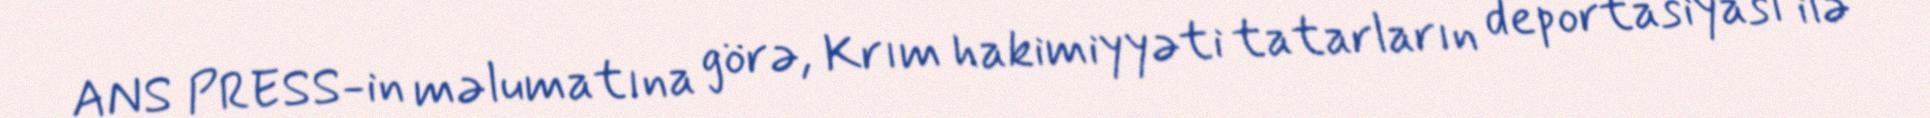
ANS PRESS-in məlumatına görə, Krım hakimiyyəti tatarların deportasiyası ilə